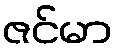
ဇင်မာ